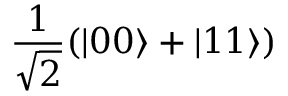
\frac { 1 } { \sqrt { 2 } } ( | 0 0 \rangle + | 1 1 \rangle )